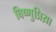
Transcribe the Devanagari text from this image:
बिष्णुप्रिय़ा